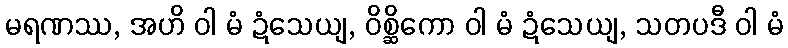
မရဏဿ, အဟိ ဝါ မံ ဍံသေယျ, ဝိစ္ဆိကော ဝါ မံ ဍံသေယျ, သတပဒီ ဝါ မံ